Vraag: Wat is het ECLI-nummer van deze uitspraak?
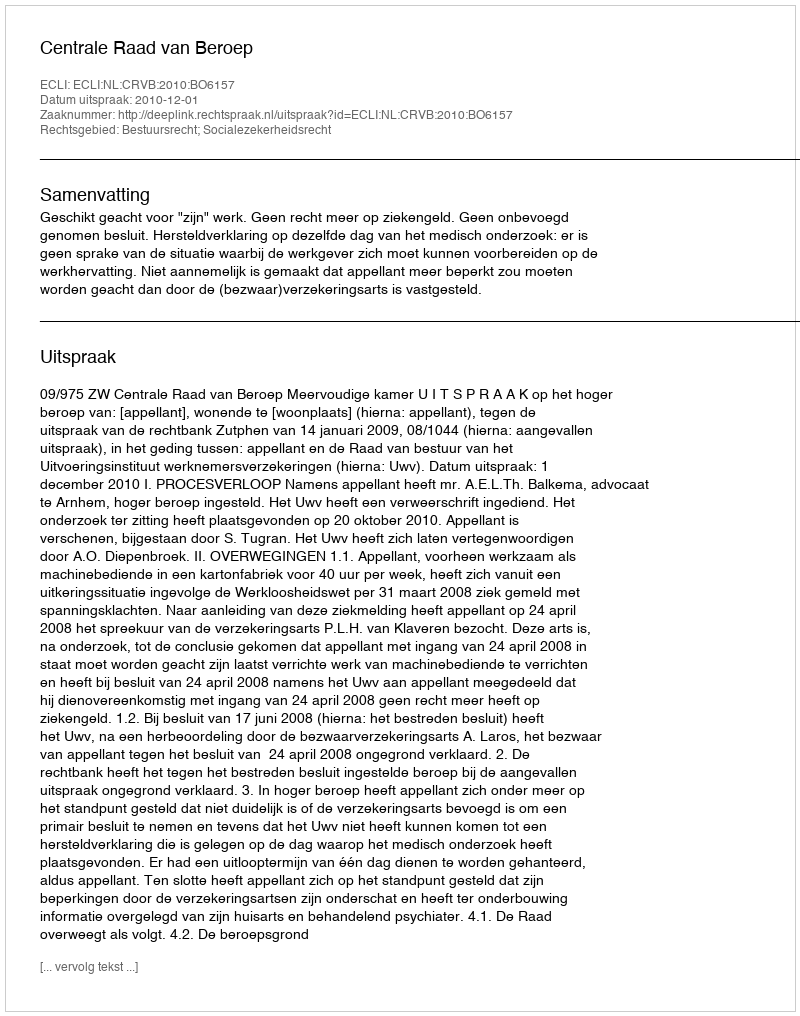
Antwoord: ECLI:NL:CRVB:2010:BO6157